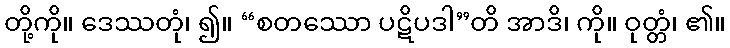
တို့ကို။ ဒေဿတုံ၊ ၍။ “စတဿော ပဋိပဒါ”တိ အာဒိ၊ ကို။ ဝုတ္တံ၊ ၏။